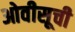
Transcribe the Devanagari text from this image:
ओवीसूची